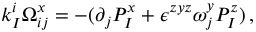
k _ { I } ^ { i } \Omega _ { i j } ^ { x } = - ( \partial _ { j } P _ { I } ^ { x } + \epsilon ^ { z y z } \omega _ { j } ^ { y } P _ { I } ^ { z } ) \, ,